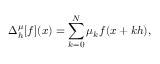
\Delta _ { h } ^ { \mu } [ f ] ( x ) = \sum _ { k = 0 } ^ { N } \mu _ { k } f ( x + k h ) ,